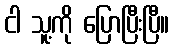
ငါ သူ့ကို ပြောပြီးပြီ။